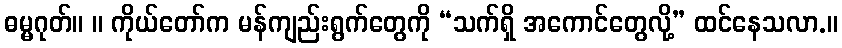
ဓမ္မဂုတ်။ ။ ကိုယ်တော်က မန်ကျည်းရွက်တွေကို “သက်ရှိ အကောင်တွေလို့” ထင်နေသလာ.။